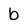
Character: b